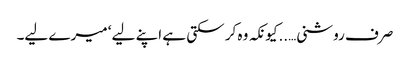
صرف روشنی…..کیونکہ وہ کر سکتی ہے اپنے لیے ‘ میرے لیے۔